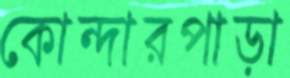
কোন্দারপাড়া